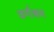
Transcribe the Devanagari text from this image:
वर्णश्रम